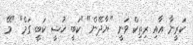
ކަރީނާ އާއި ރިތިކް ވަނީ "ޔާދޭން" "ކަބީ ޚުޝީ ކަބީ ގަމް" "މޭ